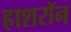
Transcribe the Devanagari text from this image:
हाशरॉन